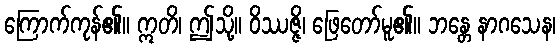
ကြောက်ကုန်၏။ ဣတိ၊ ဤသို့။ ဝိဿဇ္ဇိ၊ ဖြေတော်မူ၏။ ဘန္တေ နာဂသေန၊